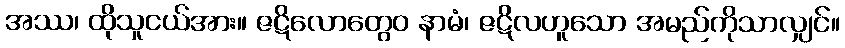
အဿ၊ ထိုသူငယ်အား။ ဇဋိလောတွေဝ နာမံ၊ ဇဋိလဟူသော အမည်ကိုသာလျှင်။